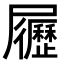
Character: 𡳸